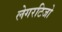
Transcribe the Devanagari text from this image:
लेगरटिजो